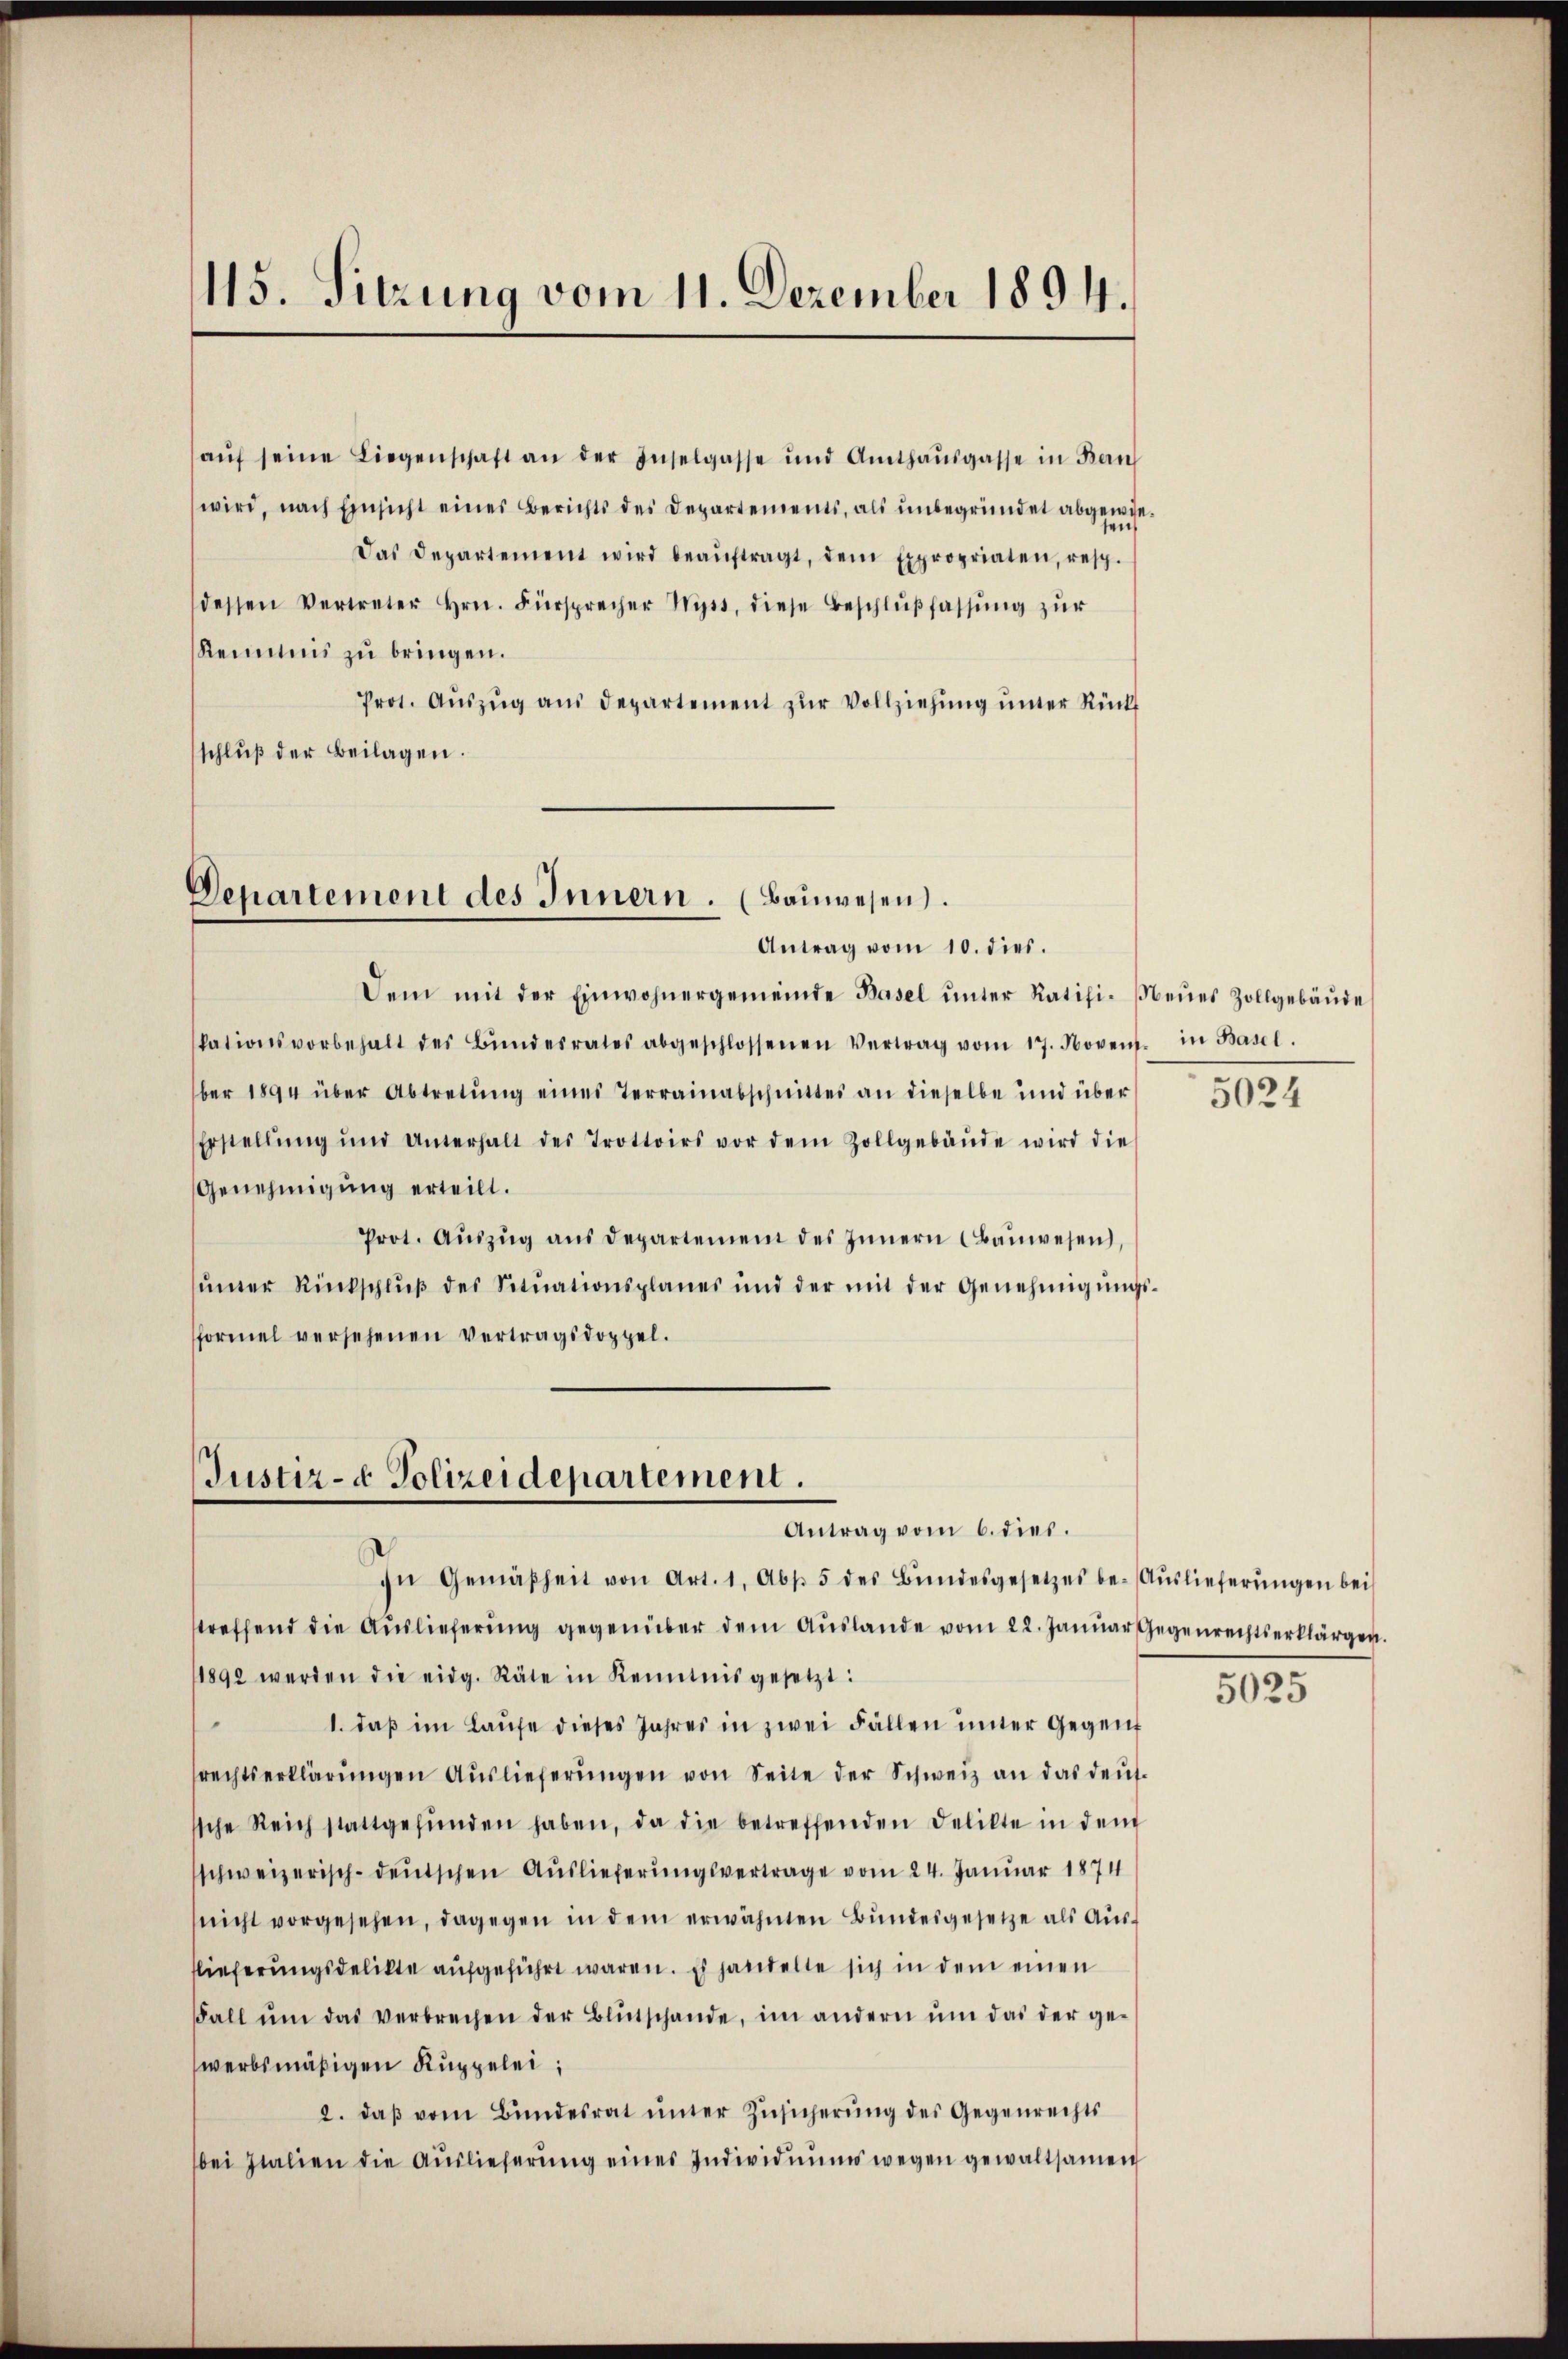
115. Sitzung vom 11. Dezember 1894.

aŭf seine Liegenschaft an der Inselgasse und Amthaŭsgasse in Ban
wird, nach Einsicht eines Berichts des Departements, als unbegründet abgewie
Das Departement wird beaŭftragt, dem Expropriaten, resp.
dessen Vertreter Hrn. Fürsprecher Wyss, diese Beschlŭβfassŭng zŭr
Reimnis zu bringen.
Prot. Aŭszŭg aŭs departement zur Vollziehung unter Rück
schluß der Beilagen.

Departement des Innern. (Bauwesen.
Antrag vom 10. dies.

Dem mit der Einwohnergemeinde Basel ŭnter Ratifi-Neŭes Zollgebäŭde
kationsvorbehalt des Bŭndesrates abgeschlossenen Vertrag vom 17. Noven. in Basel,
ber 1894 über Abtretŭng eines Terrainabschnittes an dieselbe und über
Erstellŭng und Unterhalt des Trottoirs vor dem Zollgebäŭde wird die
Genehmigŭng erteilt.
Prot. Aŭszŭg aŭs Departement des Innern Baŭwesen,
ŭnter Rückschlŭβ des Sitŭationsplanes und der mit der Genehmigŭngs-
formel versehenen Vertragsdoppel.

Justiz- & Polizeidepartement.
Antrag vom 6. dies.

In Gemäßheit von Art. 1, Abs. 5 des Bŭndesgesetzes be- Aŭslieferŭngen bei
streffend die Auslieferung gegenüber dem Auslande vom 22. Januar Gegenrechtserklärgen.
11892 werden die eidg. Räte in Kenntnis gesetzt:
1. daβ im Laŭfe dieses Jahres in zwei Fällen ŭnter Gegenf
rechtserklärŭngen Aŭslieferŭngen von Seite der Schweiz an das deut-
ssche Reich stattgefŭnden haben, da die betreffenden Delikte in dem
schweizerisch-deutschen Auslieferungsvertrage vom 24. Januar 1874
(nicht vorgesehen, dagegen in dem erwähnten Bundesgesetze als Ausflieferungsdelikte aufgeführt waren. Es handelte sich in dem einen
Fall ŭm das verbrechen der Blŭtschande, im andern ŭm das der ge-
werbsmäßigen Kuppelei,
2. daβ vom Bundesrat ŭnter Zŭsicherung des Gegenrechts
bei Zialien die Auslieferŭng eines Individuums wegen gewaltsamen

5024

5025